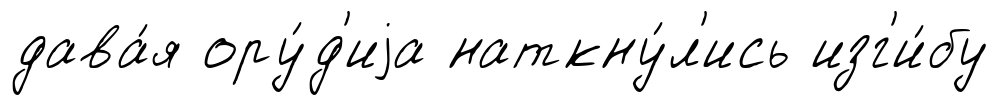
дава́я ору́д'иjа наткну́л'ись изг'и́бу